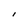
Character: I